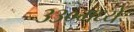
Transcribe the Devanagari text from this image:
३३०मध्ये